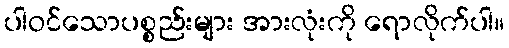
ပါဝင်သောပစ္စည်းများ အားလုံးကို ရောလိုက်ပါ။